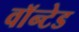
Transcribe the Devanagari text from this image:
वाॅन्टेड